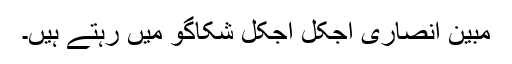
مبین انصاری آجکل آجکل شکاگو میں رہتے ہیں۔